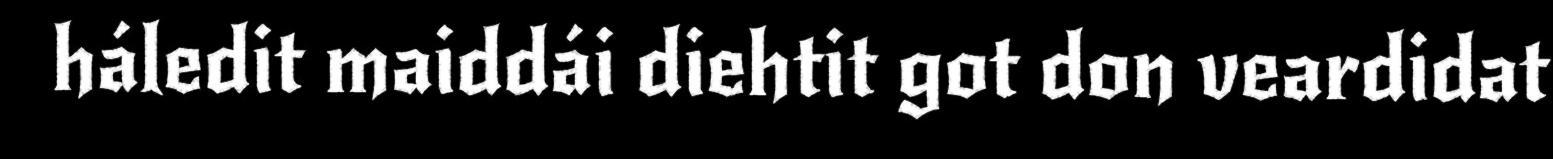
háledit maiddái diehtit got don veardidat